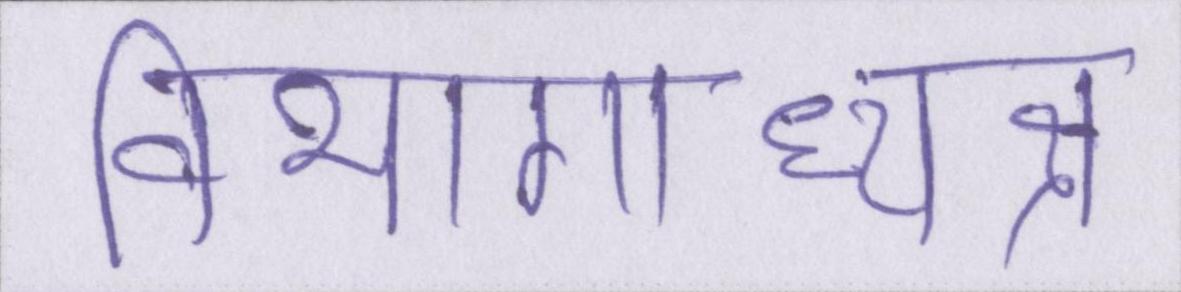
विभागाध्यक्ष